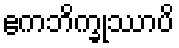
ဧကဘိက္ခုဿာပိ